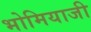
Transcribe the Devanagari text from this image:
भोमियाजी